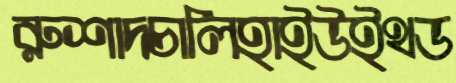
রুশাদচালিহাইউইথড